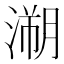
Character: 𱨉